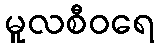
မူလစီဝရေ